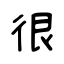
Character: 很